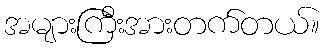
အများကြီးအားတက်တယ်။